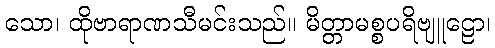
သော၊ ထိုဗာရာဏသီမင်းသည်။ မိတ္တာမစ္စပရိဗျူဠော၊